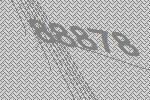
88878